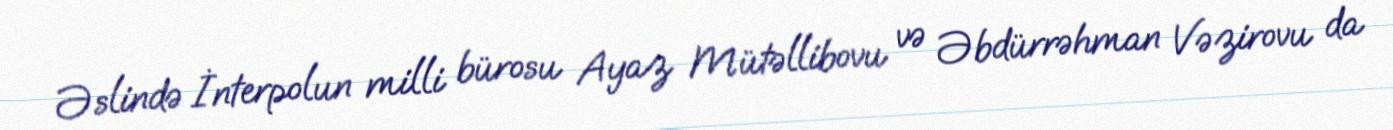
Əslində İnterpolun milli bürosu Ayaz Mütəllibovu və Əbdürrəhman Vəzirovu da